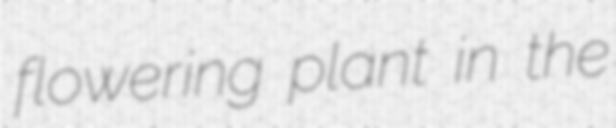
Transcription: flowering plant in the